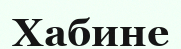
Хабине